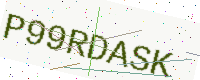
Text: P99RDASK